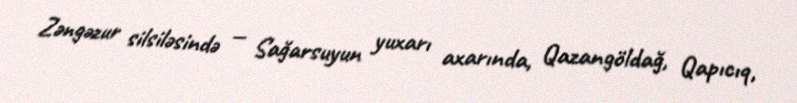
Zəngəzur silsiləsində — Sağarsuyun yuxarı axarında, Qazangöldağ, Qapıcıq,